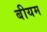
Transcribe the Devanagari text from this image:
बीयम